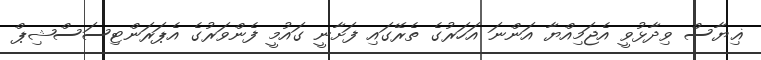
ޣިޔާސް ވިދާޅުވީ އެޖަމިއްޔާ އަންނަ އަހަރުގެ ތެރޭގަައި ފަށާނީ ގައުމީ ފެންވަރުގެ އެޕަރަންޓިސަސްޝިޕް